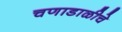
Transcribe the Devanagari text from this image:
चणाडाळीचे